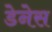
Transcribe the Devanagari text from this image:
डेनेस